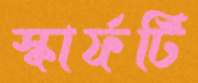
স্কার্ফটি